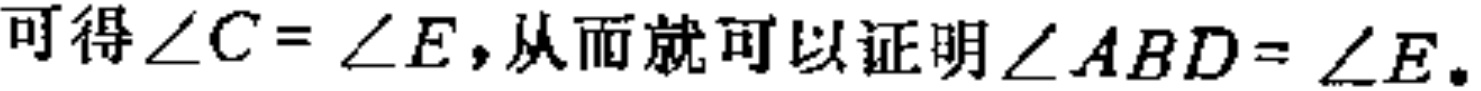
可得\(\angle C = \angle E\)，从而就可以证明\(\angle ABD = \angle E\)。